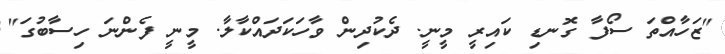
"ޒަހާއްތަ ސޯފާ ގޮނޑި ކައިރީ މީނީ. ދެކުދިން ވާހަކަދައްކާލާ. މީނީ ފެންނަ ހިސާބުގަ"